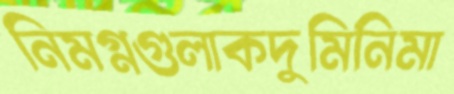
নিমগ্নগুলাকদুমিনিমা